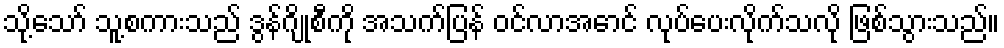
သို့သော် သူ့စကားသည် ဒွန်ဂျိုစီကို အသက်ပြန် ဝင်လာအောင် လုပ်ပေးလိုက်သလို ဖြစ်သွားသည်။